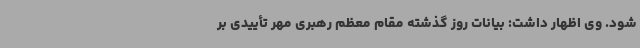
شود. وی اظهار داشت: بیانات روز گذشته مقام معظم رهبری مهر تأییدی بر